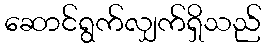
ဆောင်ရွက်လျှက်ရှိသည်